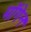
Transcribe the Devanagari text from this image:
मॉगेन